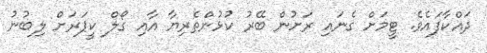
ދައްކާފައެވެ. ޓީމަށް ގެނައި ރަށުން ބޭރު ކުޅުންތެރިޔާ އާއި ގޯލް ކީޕަރަށް ލިބުނު